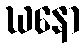
ဃနော